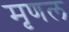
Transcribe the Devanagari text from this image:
मृणल